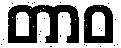
တာဝ